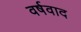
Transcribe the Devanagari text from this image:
वर्षवाद